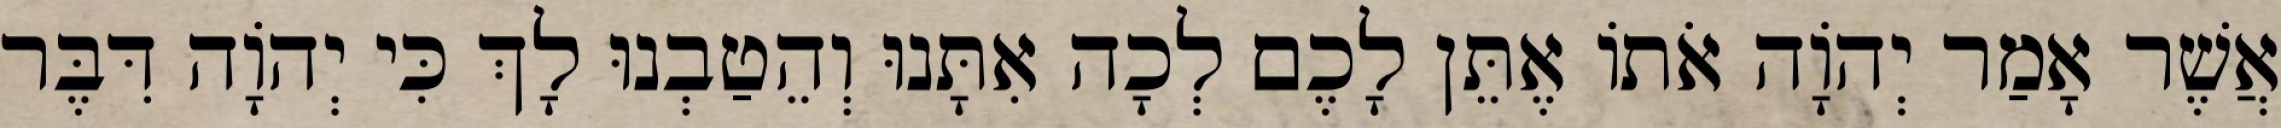
אֲשֶׁר אָמַר יְהֹוָה אֹתוֹ אֶתֵּן לָכֶם לְכָה אִתָּנוּ וְהֵטַבְנוּ לָךְ כִּי יְהוָֹה דִּבֶּר